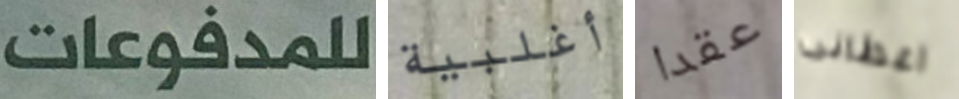
للمدفوعات أغلبية عقدا اعطانى